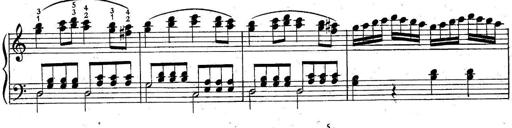
Title: 6 Easy Sonatinas
Composer: Carl Czerny